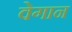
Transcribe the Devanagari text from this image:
वेगान